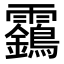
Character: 靎